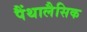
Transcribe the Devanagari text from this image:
पैंथालैसिक